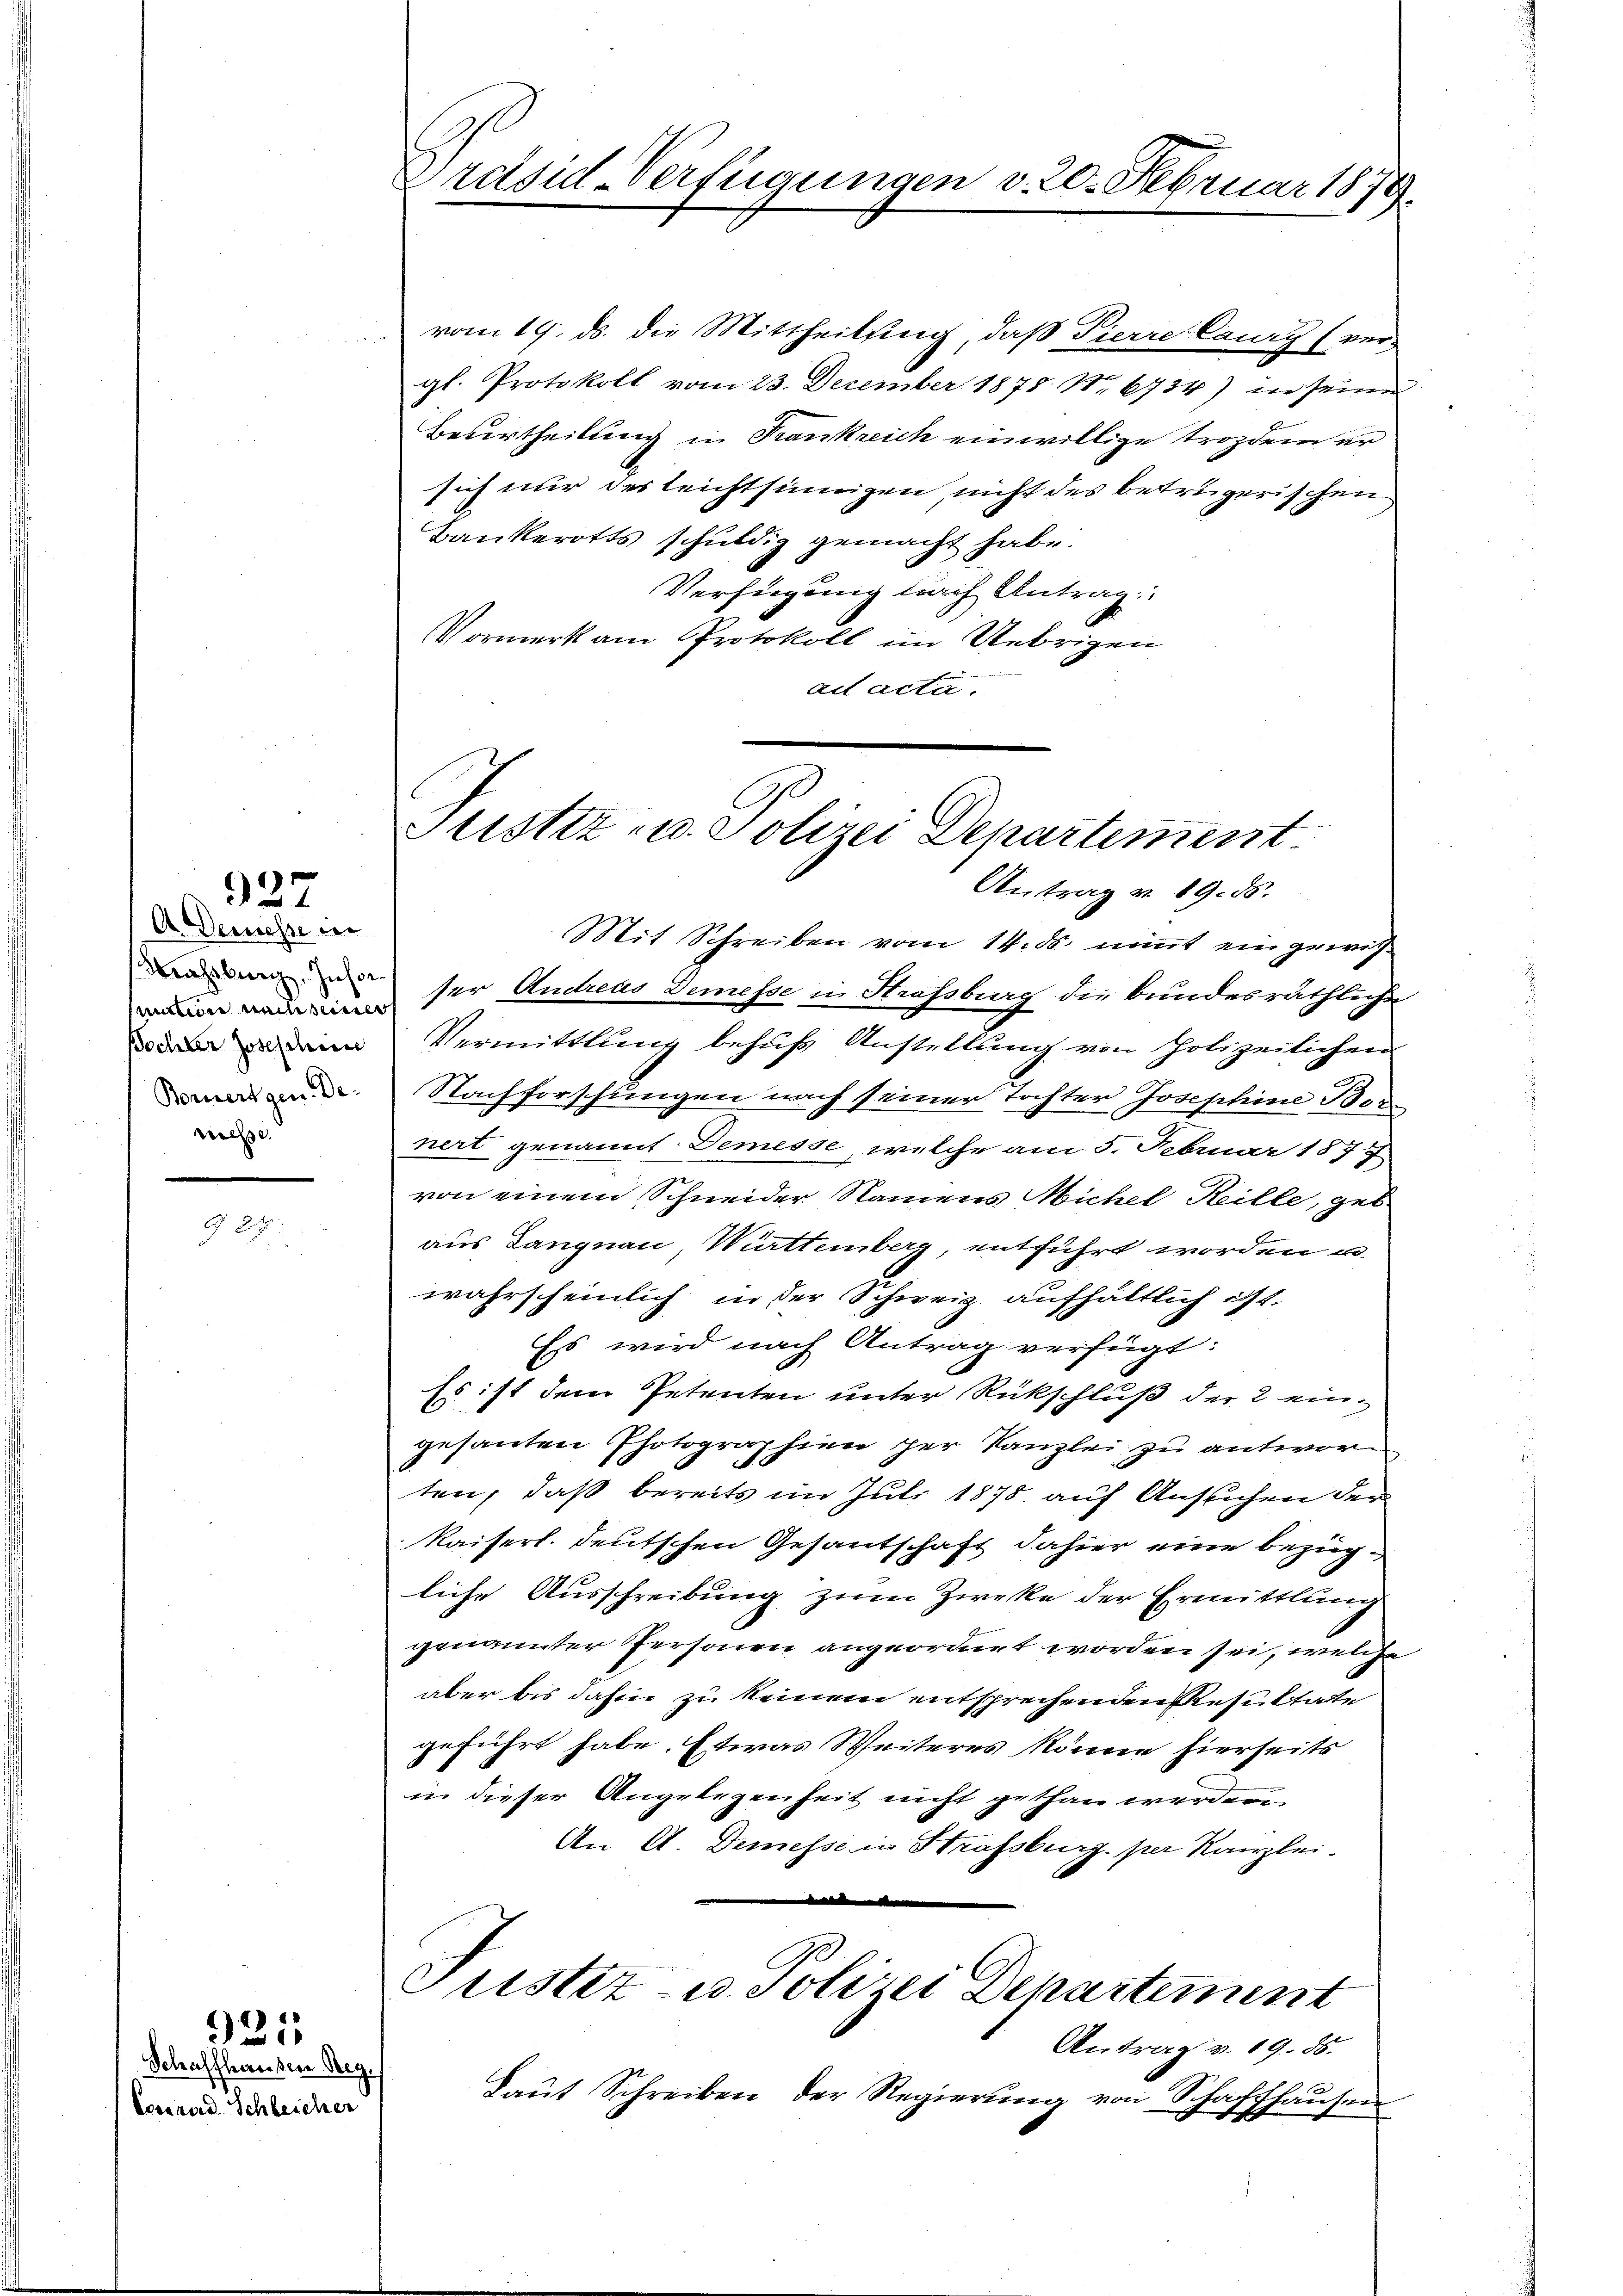
A. Demesse in
Mahsburg. Insor
manon nachsener
Bochler Josef dem
Bornersgen. De-
welle.

927

Schaffhausen Reg.
Conrad Schleicher

921

Präsid-Verfügungen v. 20. Februar 1879.

Justiz u. Polizei Departement
Antrag v. 19. ds.

vom 19. ds. die Mittheilung, daß Pierre Caury (vergl. Protokoll vom 23. December 1878 No. 6734) in seine
Beurtheilung in Frankreich einwillige trozdem er
sich nur des leichtsinnigen, nicht des betrügerischen
Bankerotts schuldig gemacht habe.
Verfügung nach Antrag
Vormerk am Protokoll im Uebrigen
ad acta.

Mit Schreiben vom 14. ds. nimmt eingewis
ser Andreus Demesse in Strafsburg die bundesräthliche
Vermittlung behufs Anstellung von Polizeilichen
Nachforschungen nach seiner Tochter Josephine Bor
nert genannt. Demesse, welche am 5. Februar 1877
von einem Schneider Namens Michel Keille, geb
aus Langnau, Württemberg, entführt worden u.
wahrscheinlich in der Schweiz. aufhältlich ist.
Es wird nach Antrag verfügt:
Es ist dem Petenten unter Rückschluß der 2 eingesanten Photographien der Kanzlei zu antwor
ten, daß bereits im Juli 1878 auf Auslichen der
Kaisert. deutschen Gesantschaft dahier eine bezügliche Ausschreibung zum Zwecke der Ermittlung
genannter Personen angeordnet worden sei, welche
aber bis dahin zu keinem entsprechenden Resultate
geführt habe. Etwas Weiteres könne hierseits
in dieser Angelegenheit nicht gethan werden.
An A. Demesse in Strassburg. per Kanzlei-

ustiz- u. Polizei Departement
Antrag v. 19. 85.
Laut Schreiben der Regierung von Schaf
shäuser